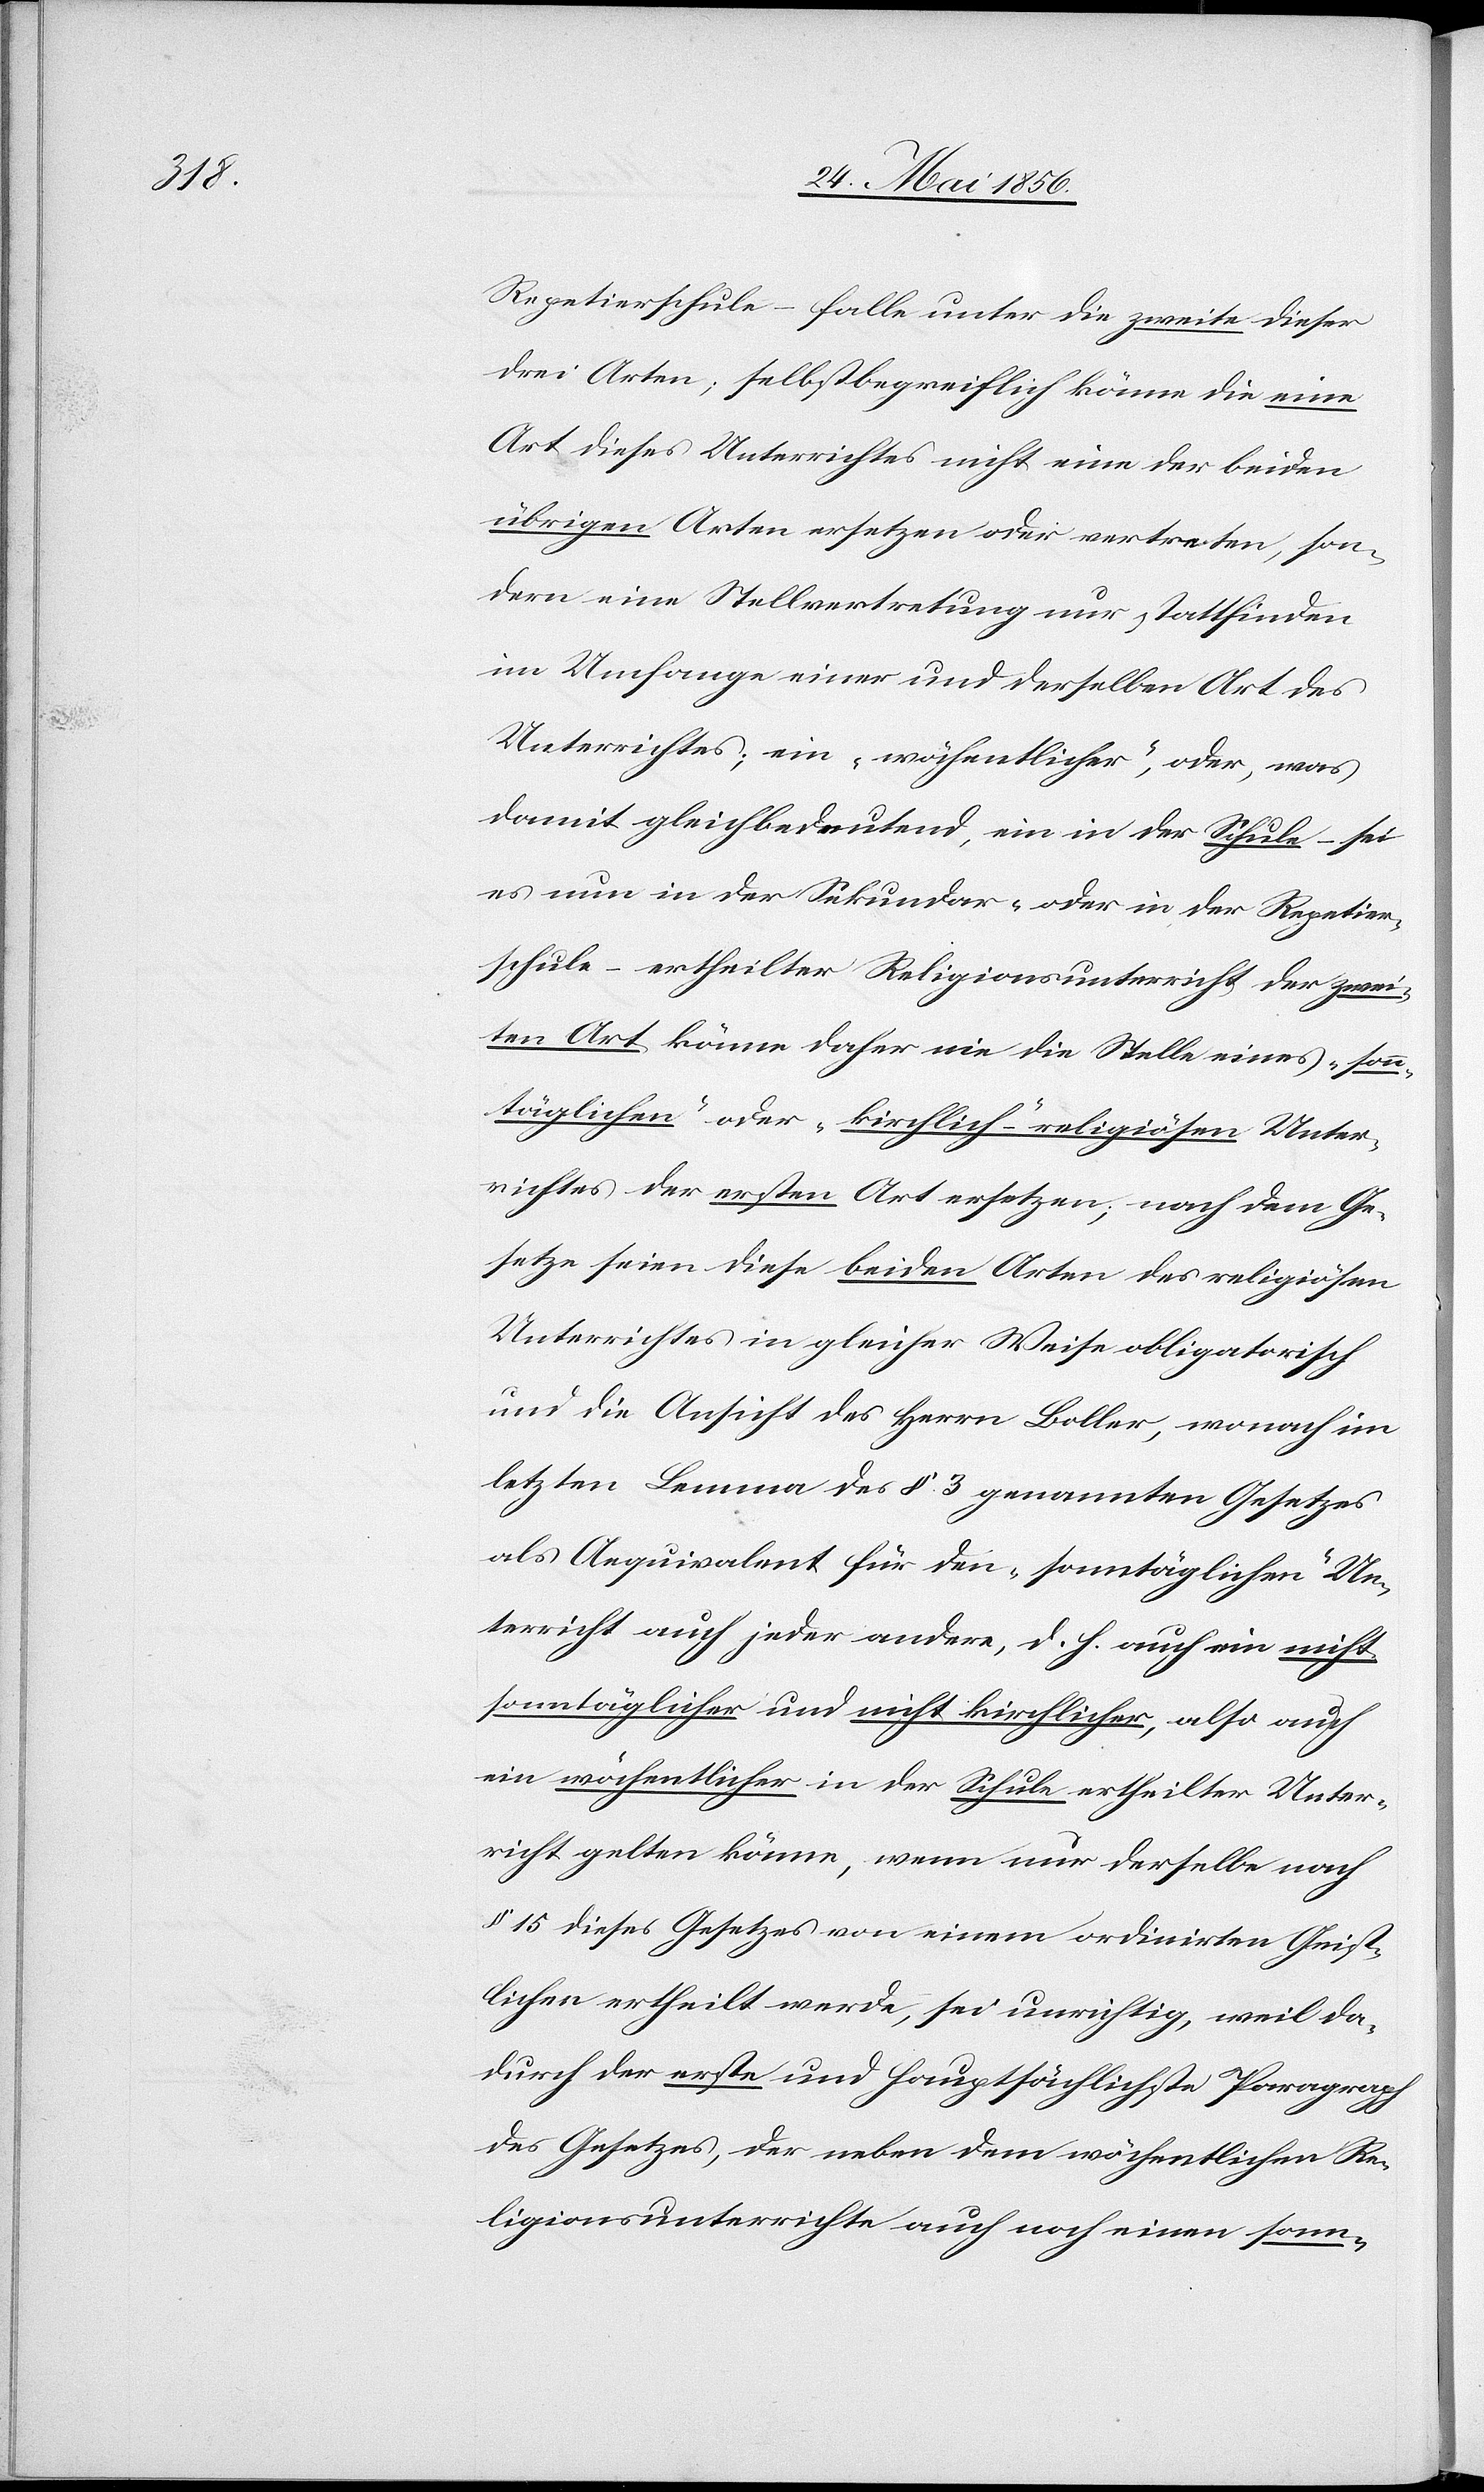
Repetierschule – falle unter die zweite dieser
drei Arten; selbstbegreiflich könne die eine
Art dieses Unterrichtes nicht eine der beiden
übrigen Arten ersetzen oder vertreten, son¬
dern eine Stellvertretung nur stattfinden
im Umfange einer und derselben Art des
Unterrichtes; ein „wöchentlicher“, oder, was
damit gleichbedeutend, ein in der Schule – sei
es nun in der Sekundar- oder in der Repetier¬
schule – ertheilter Religionsunterricht der zwei¬
ten Art könne daher nie die Stelle eines „sonn¬
täglichen“ oder „kirchlich“-religiösen Unter¬
richtes der ersten Art ersetzen; nach dem Ge¬
setze seien diese beiden Arten des religiösen
Unterrichtes in gleicher Weise obligatorisch
und die Ansicht des Herrn Boller, wonach im
letzten Lemma des § 3 genannten Gesetzes
als Aequivalent für den „sonntäglichen“ Un¬
terricht auch jeder andere, d. h. auch ein nicht
sonntäglicher und nicht kirchlicher, also auch
ein wöchentlicher in der Schule ertheilter Unter¬
richt gelten könne, wenn nur derselbe nach
§ 15 dieses Gesetzes von einem ordinirten Geist¬
lichen ertheilt werde, sei unrichtig, weil da¬
durch der erste und hauptsächlichste Paragraph
des Gesetzes, der neben dem wöchentlichen Re¬
ligionsunterrichte auch noch einen sonn-